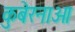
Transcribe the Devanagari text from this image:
कुबेरनाओ